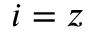
i = z